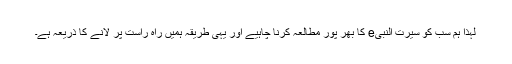
لہٰذا ہم سب کو سیرت النبیe کا بھر پور مطالعہ کرنا چاہیے اور یہی طریقہ ہمیں راہ راست پر لانے کا ذریعہ ہے۔